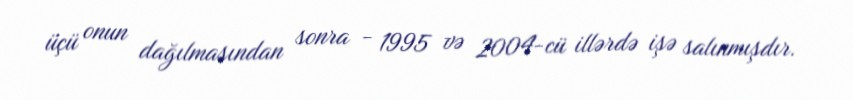
üçü onun dağılmasından sonra - 1995 və 2004-cü illərdə işə salınmışdır.